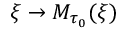
\xi \rightarrow M _ { \tau _ { 0 } } ( \xi )